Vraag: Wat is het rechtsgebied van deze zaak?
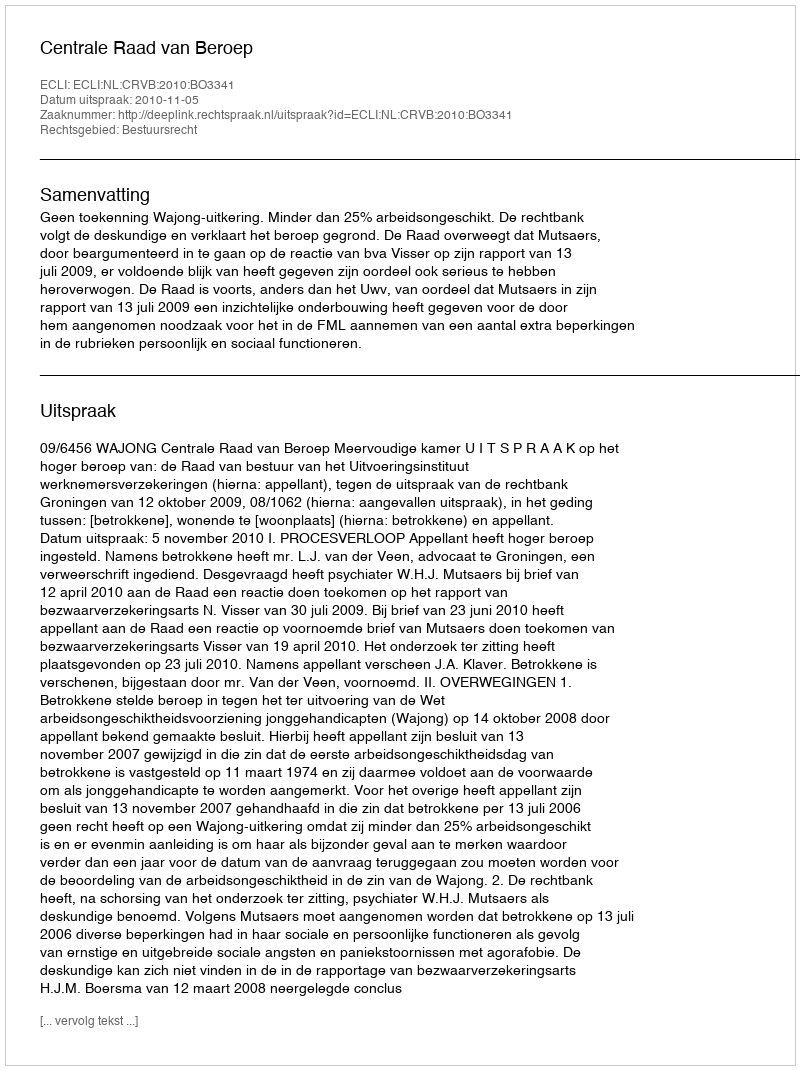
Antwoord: Bestuursrecht